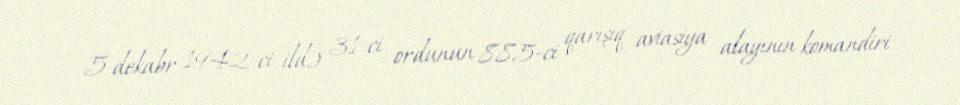
5 dekabr 1942-ci ildə 31-ci ordunun 885-ci qarışıq aviasiya alayının komandiri